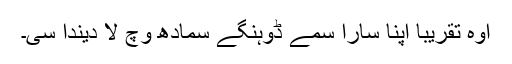
اوہ تقریباً اپنا سارا سمے ڈوہنگے سمادھ وچ لا دیندا سی۔